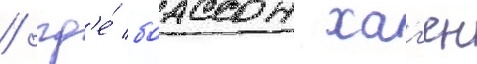
/ гд'е́ боассон хаг'ен